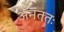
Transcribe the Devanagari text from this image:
अनंततः